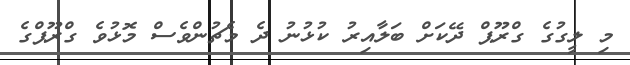
މި ލީގުގެ ގްރޫޕް ދޭކަށް ބަލާއިރު ކުޅުނު ދެ މެޗުންވެސް މޮޅުވެ ގްރޫޕްގެ